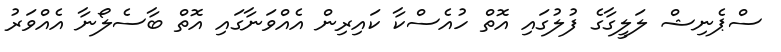
ސްޕެނިޝް ލަލީގާގެ ފުލުގައި އޮތް ހުއެސްކާ ކައިރިން އެއްވަނާގައި އޮތް ބާސެލޯނާ އެއްވަރު